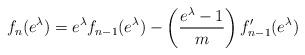
LaTeX: \begin{align*}&f_n(e^\lambda)=e^{\lambda}f_{n-1}(e^\lambda)-\left(\frac{e^{\lambda}-1}{m}\right)f'_{n-1}(e^\lambda)\end{align*}